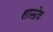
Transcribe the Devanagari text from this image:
शास्त्रेच